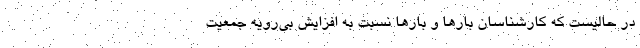
در حالیست که کارشناسان بارها و بارها نسبت به افزایش بی‌رویه جمعیت